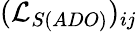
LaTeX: (\mathcal{L}_{S(ADO)})_{ij}